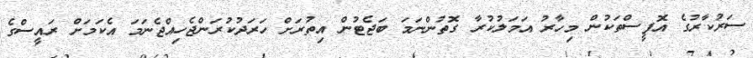
ސަރުކާރުގެ އޮފީސްތަކުން މިހާރު އަމަލުކުރާ ގޮތުންނަމަ ބަޖެޓުން އިތުރަށް ހަރަދުކުރަންޖެހިއްޖެނަމަ އެކަމަށް ރައީސްގެ